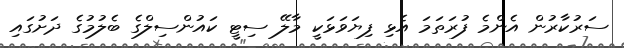
ސަރުކާރުން އެންމެ ފުރަތަމަ އެޅި ފިޔަވަޅަކީ މާލޭ ސިޓީ ކައުންސިލްގެ ބެލުމުގެ ދަށުގައި